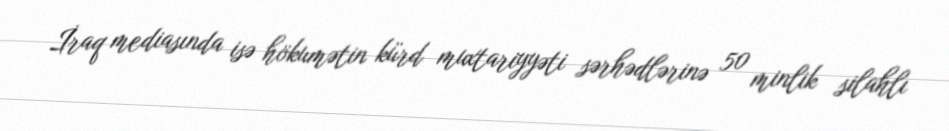
İraq mediasında isə hökumətin kürd muxtariyyəti sərhədlərinə 50 minlik silahlı